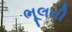
ભૂલવી